Senior Leaving Certificate Examination (including Day School Certificate (Higher) General paper), 1950
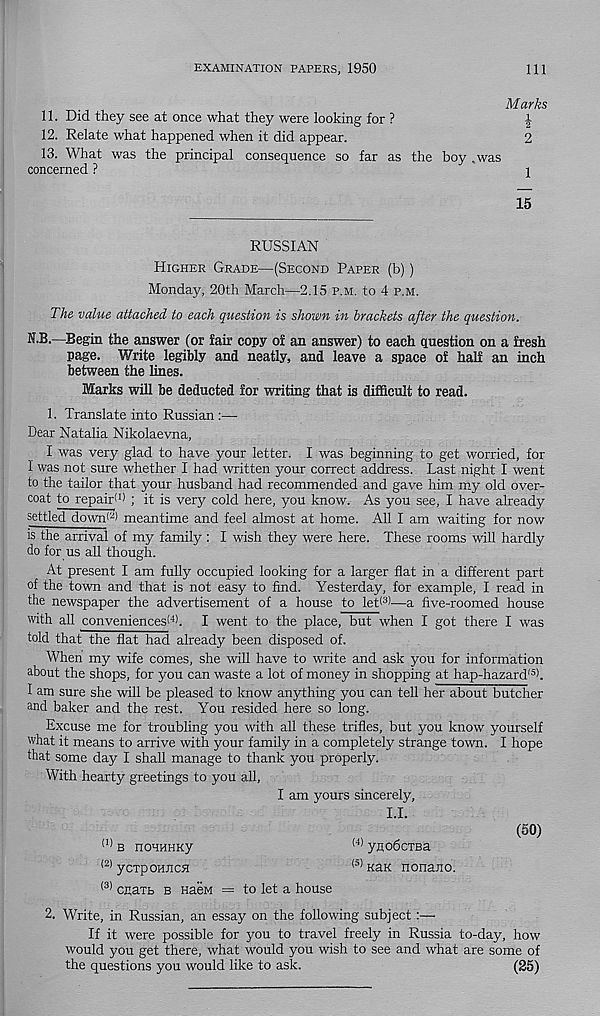
EXAMINATION PAPERS, 1950
111
Marks
11. Did they see at once what they were looking for ?
\
12. Relate what happened when it did appear.
2
13. What was the principal consequence so far as the boy .was
concerned ?
1
15
RUSSIAN
Higher Grade—(Second Paper (b))
Monday, 20th March—2.15 p.m. to 4 p.m.
The value attached to each question is shown in brackets after the question.
N.B.—Begin the answer (or fair copy of an answer) to each question on a fresh
page. Write legibly and neatly, and leave a space of half an inch
between the lines.
Marks will be deducted for writing that is difficult to read.
1. Translate into Russian :—
Dear Natalia Nikolaevna,
I was very glad to have your letter. I was beginning to get worried, for
1 was not sure whether I had written your correct address. Last night I went
to the tailor that your husband had recommended and gave him my old over-
coat to repaid 1 ) ; it is very cold here, you know. As you see, I have already
settled down (2 > meantime and feel almost at home. All I am waiting for now
is the arrival of my family: I wish they were here. These rooms will hardly
do for us all though.
At present I am fully occupied looking for a larger flat in a different part
of the town and that is not easy to find. Yesterday, for example, I read in
the newspaper the advertisement of a house to let* 3 *—a five-roomed house
with all conveniences^4). I went to the place, but when I got there I was
told that the flat had already been disposed of.
When my wife comes, she will have to write and ask you for information
about the shops, for you can waste a lot of money in shopping at hap-hazard ,5) .
I am sure she will be pleased to know anything you can tell her about butcher
and baker and the rest. You resided here so long.
Excuse me for troubling you with all these trifles, but you know yourself
what it means to arrive with your family in a completely strange town. I hope
that some day I shall manage to thank you properly.
With hearty greetings to you all,
I am yours sincerely,
LI.
(50)
(1) b nouHHKy
(4) ynobcTBa
(2) yexpohjich
<3 ) kuk nonano.
(3) efiaxb b HaeM = to let a house
2. Write, in Russian, an essay on the following subject:—
If it were possible for you to travel freely in Russia to-day, how
would you get there, what would you wish to see and what are some of
the questions you would like to ask.
(25)